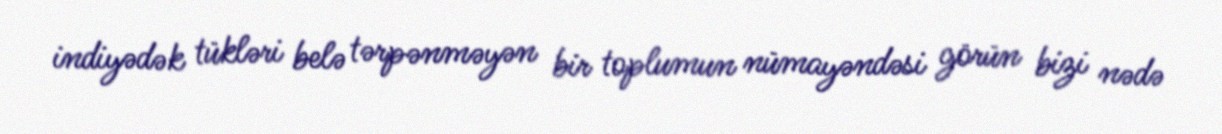
indiyədək tükləri belə tərpənməyən bir toplumun nümayəndəsi görün bizi nədə